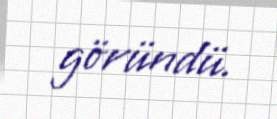
göründü.